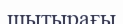
шытырағы